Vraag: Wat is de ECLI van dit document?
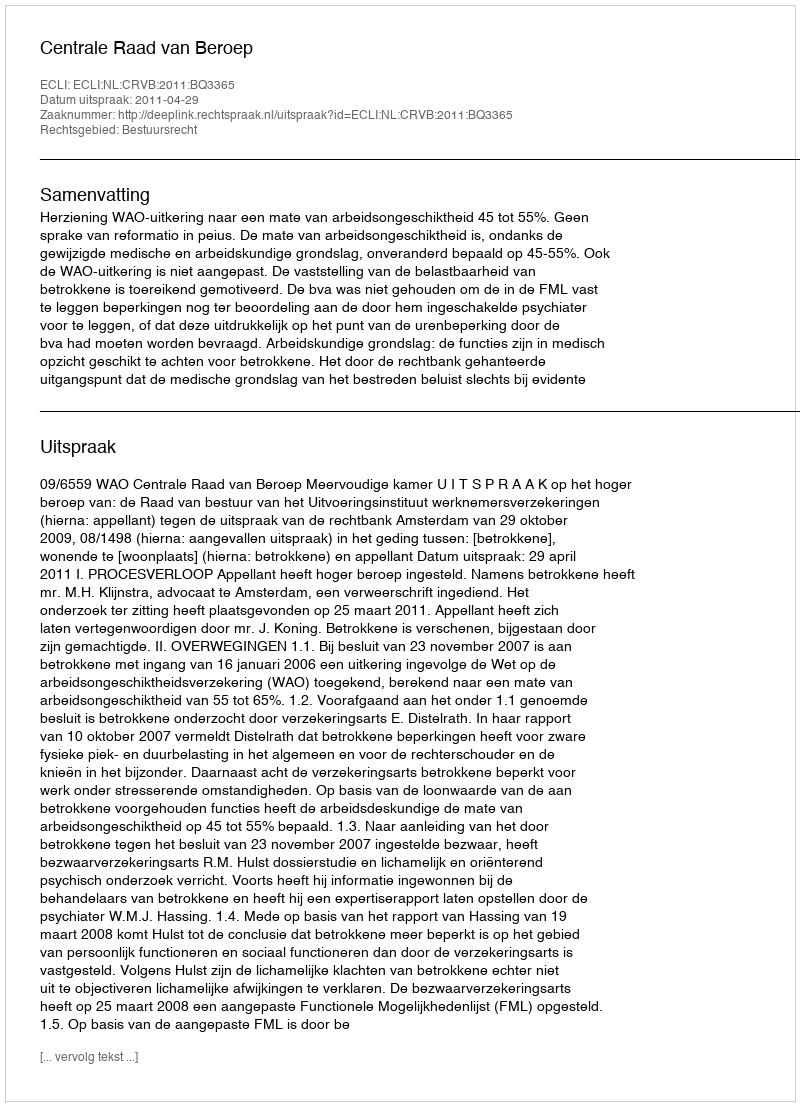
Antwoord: ECLI:NL:CRVB:2011:BQ3365